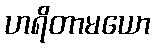
ဟရိတာမယော